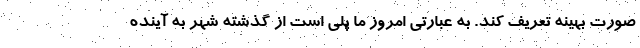
صورت بهینه تعریف کند. به عبارتی امروز ما پلی است از گذشته شهر به آینده